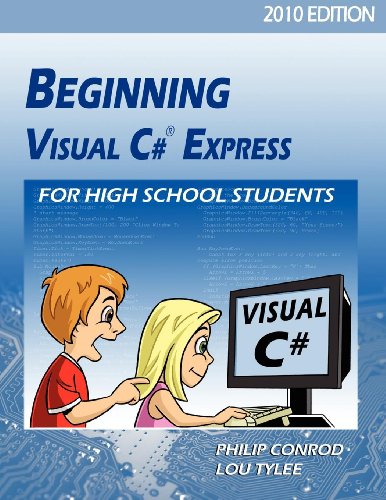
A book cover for Beginning Visual C# Express For High School Students - 2010 Edition; Philip Conrod; Children's Books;